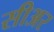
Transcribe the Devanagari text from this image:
सीअर